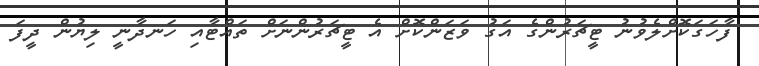
ފާހަގަކޮށްލެވުނު ޓީޗަރުންގެ އަގު ވަޒަންކޮށް އެ ޓީޗަރުންނަށް ތައްޓާއި ހަނދާނީ ލިޔުން ދީފަ